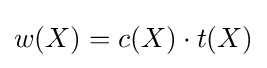
w(X)=c(X)\cdot t(X)